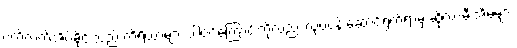
ပက်လက်အိပ်ခိုင်းသည် ကိရိယာများ ပါဝင်ကြောင်းကိုလည်း လုပ်ငန်းဆောင်ရွက်ရာမှ ဆိုလာမီးအိမ်များ